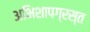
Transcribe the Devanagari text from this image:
अभिशापग्रस्त